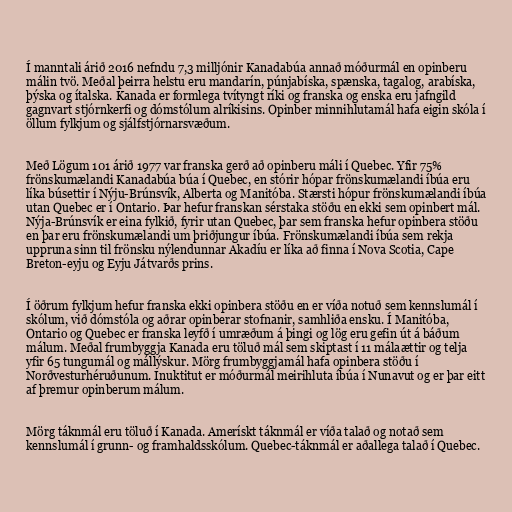
Í manntali árið 2016 nefndu 7,3 milljónir Kanadabúa annað móðurmál en opinberu
málin tvö. Meðal þeirra helstu eru mandarín, púnjabíska, spænska, tagalog, arabíska,
þýska og ítalska. Kanada er formlega tvítyngt ríki og franska og enska eru jafngild
gagnvart stjórnkerfi og dómstólum alríkisins. Opinber minnihlutamál hafa eigin skóla í
öllum fylkjum og sjálfstjórnarsvæðum.

Með Lögum 101 árið 1977 var franska gerð að opinberu máli í Quebec. Yfir 75%
frönskumælandi Kanadabúa búa í Quebec, en stórir hópar frönskumælandi íbúa eru
líka búsettir í Nýju-Brúnsvík, Alberta og Manitóba. Stærsti hópur frönskumælandi íbúa
utan Quebec er í Ontario. Þar hefur franskan sérstaka stöðu en ekki sem opinbert mál.
Nýja-Brúnsvík er eina fylkið, fyrir utan Quebec, þar sem franska hefur opinbera stöðu
en þar eru frönskumælandi um þriðjungur íbúa. Frönskumælandi íbúa sem rekja
uppruna sinn til frönsku nýlendunnar Akadíu er líka að finna í Nova Scotia, Cape
Breton-eyju og Eyju Játvarðs prins.

Í öðrum fylkjum hefur franska ekki opinbera stöðu en er víða notuð sem kennslumál í
skólum, við dómstóla og aðrar opinberar stofnanir, samhliða ensku. Í Manitóba,
Ontario og Quebec er franska leyfð í umræðum á þingi og lög eru gefin út á báðum
málum. Meðal frumbyggja Kanada eru töluð mál sem skiptast í 11 málaættir og telja
yfir 65 tungumál og mállýskur. Mörg frumbyggjamál hafa opinbera stöðu í
Norðvesturhéruðunum. Inuktitut er móðurmál meirihluta íbúa í Nunavut og er þar eitt
af þremur opinberum málum.

Mörg táknmál eru töluð í Kanada. Amerískt táknmál er víða talað og notað sem
kennslumál í grunn- og framhaldsskólum. Quebec-táknmál er aðallega talað í Quebec.